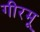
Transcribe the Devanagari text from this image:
गीरमू